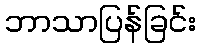
ဘာသာပြန်ခြင်း